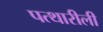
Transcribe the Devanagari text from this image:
पत्थारीली